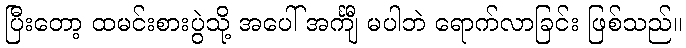
ပြီးတော့ ထမင်းစားပွဲသို့ အပေါ် အင်္ကျီ မပါဘဲ ရောက်လာခြင်း ဖြစ်သည်။